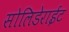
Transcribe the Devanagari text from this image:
सोलिडेराईट